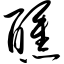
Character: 醺